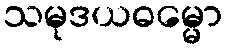
သမုဒယဓမ္မော